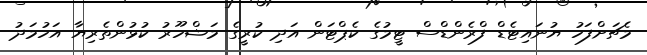
މެޗަށްފަހު ޔުނައިޓެޑް ފްރެންޑްސް ޓީމުގެ ކެޕްޓަން އަދި ކުރީގެ މަޝްހޫރު ކުޅުންތެރިޔާ އަހުމަދު